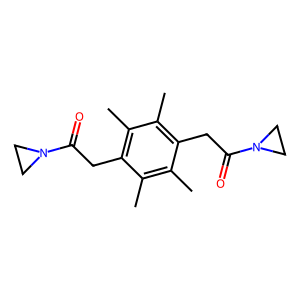
SMILES: Cc1c(C)c(CC(=O)N2CC2)c(C)c(C)c1CC(=O)N1CC1
Inhibits HIV replication: No